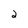
Character: 2